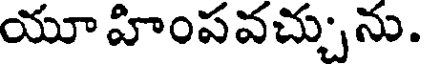
యూ హింపవచ్చును.